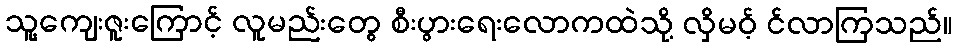
သူ့ကျေးဇူးကြောင့် လူမည်းတွေ စီးပွားရေးလောကထဲသို့ လှိမဝ့် င်လာကြသည်။